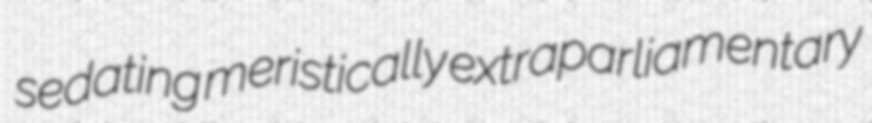
sedating meristically extraparliamentary